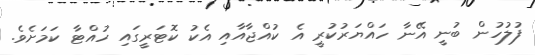
ފުލުހުން ބުނީ އޭނާ ހައްޔަރުކުރީ އެ ކުއްޖާއާއި އެކު ކޮޓަރީގައި ހުއްޓާ ކަމަށެވެ.